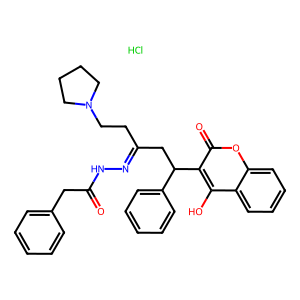
SMILES: Cl.O=C(Cc1ccccc1)NN=C(CCN1CCCC1)CC(c1ccccc1)c1c(O)c2ccccc2oc1=O
Inhibits HIV replication: No